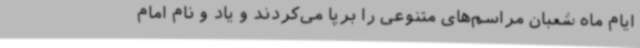
ایام ماه شعبان مراسم‌های متنوعی را برپا می‌کردند و یاد و نام امام